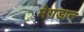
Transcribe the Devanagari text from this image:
मेगडान